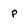
Character: p